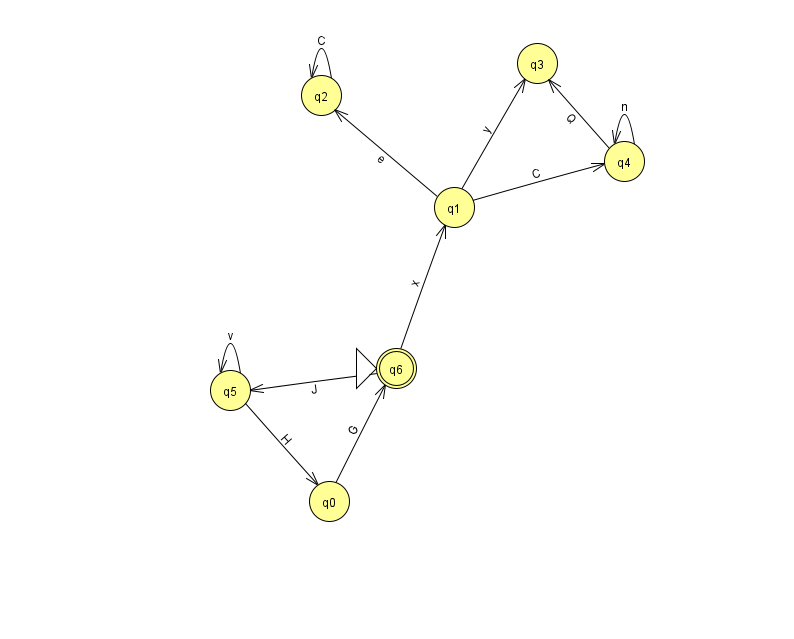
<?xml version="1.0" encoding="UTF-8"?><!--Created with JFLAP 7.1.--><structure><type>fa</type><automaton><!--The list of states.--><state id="0" name="q0"><x>329.0</x><y>488.0</y></state><state id="1" name="q1"><x>454.0</x><y>194.0</y></state><state id="2" name="q2"><x>321.0</x><y>82.0</y></state><state id="3" name="q3"><x>537.0</x><y>50.0</y></state><state id="4" name="q4"><x>624.0</x><y>148.0</y></state><state id="5" name="q5"><x>230.0</x><y>377.0</y></state><state id="6" name="q6"><x>396.0</x><y>355.0</y><initial/><final/></state><!--The list of transitions.--><transition><from>4</from><to>3</to><read>Q</read></transition><transition><from>2</from><to>2</to><read>C</read></transition><transition><from>1</from><to>4</to><read>C</read></transition><transition><from>5</from><to>5</to><read>v</read></transition><transition><from>5</from><to>0</to><read>H</read></transition><transition><from>0</from><to>6</to><read>G</read></transition><transition><from>6</from><to>1</to><read>x</read></transition><transition><from>1</from><to>2</to><read>e</read></transition><transition><from>6</from><to>5</to><read>J</read></transition><transition><from>1</from><to>3</to><read>y</read></transition><transition><from>4</from><to>4</to><read>n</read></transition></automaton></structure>